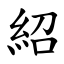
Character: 紹